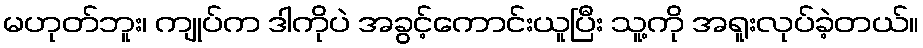
မဟုတ်ဘူး၊ ကျုပ်က ဒါကိုပဲ အခွင့်ကောင်းယူပြီး သူ့ကို အရူးလုပ်ခဲ့တယ်။